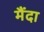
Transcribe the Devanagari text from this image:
मैंदा